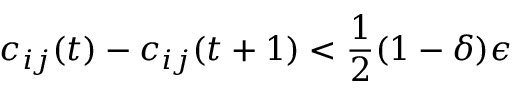
c _ { i j } ( t ) - c _ { i j } ( t + 1 ) < \frac { 1 } { 2 } ( 1 - \delta ) \epsilon